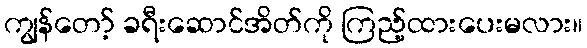
ကျွန်တော့် ခရီးဆောင်အိတ်ကို ကြည့်ထားပေးမလား။